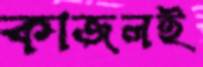
কাজলই